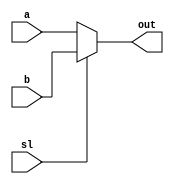
module muxtwo(out, a, b, sl);
    input a, b, sl;
    output out;
    reg out;
        always @ (sl or a or b)
            if (!sl)
                out = a;
            else
                out = b;
endmodule